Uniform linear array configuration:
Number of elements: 8
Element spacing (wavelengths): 1
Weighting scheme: blackman
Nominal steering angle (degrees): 30
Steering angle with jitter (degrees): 28.585
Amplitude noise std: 0.05
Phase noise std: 0.05

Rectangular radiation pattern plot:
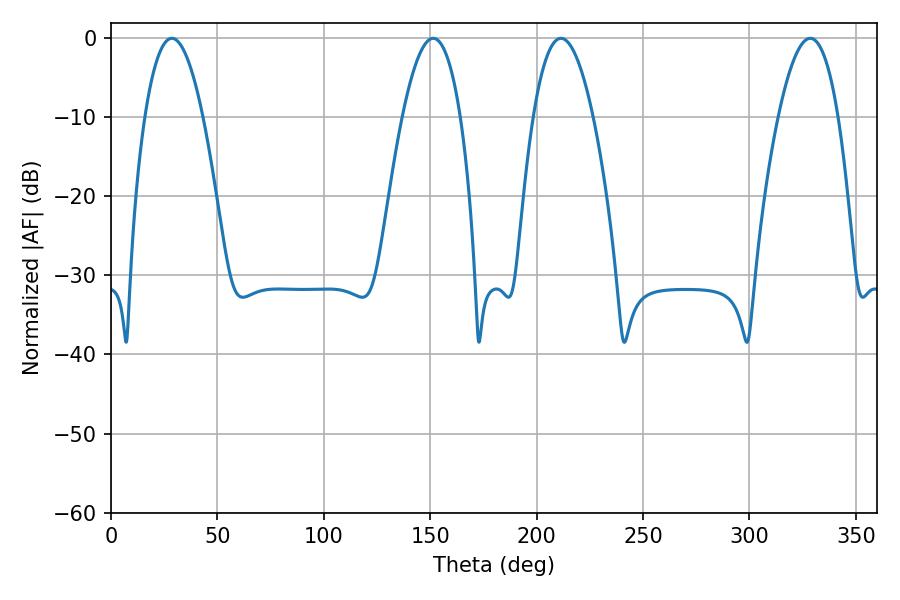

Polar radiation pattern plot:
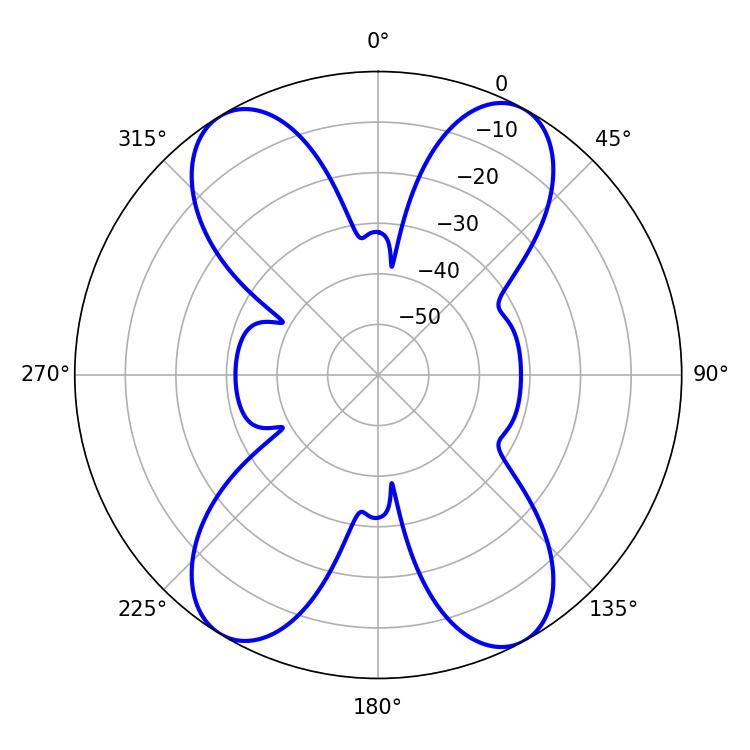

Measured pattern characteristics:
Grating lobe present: TRUE
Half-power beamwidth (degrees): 14.94
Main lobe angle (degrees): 28.62